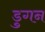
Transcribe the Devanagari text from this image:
डुगन